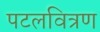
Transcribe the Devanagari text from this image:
पटलवित्रण